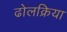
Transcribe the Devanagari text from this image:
ढोलक्रिया